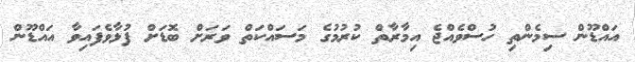
އައްޑޫން ސިމެންތި ހުސްވެއްޖެ އިމާރާތް ކުރުމުގެ މަސައްކަތް ވަރަށް ބޮޑަށް ފުޅާވެފައިވާ އައްޑޫން